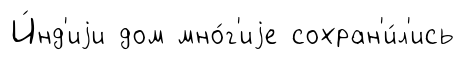
И́нд'иjи дом мно́г'иjе сохран'и́л'ись